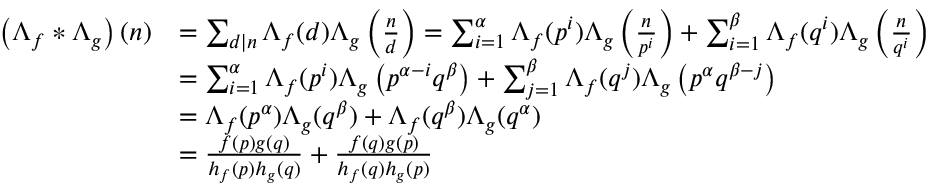
\begin{array} { r l } { \left( \Lambda _ { f } \ast \Lambda _ { g } \right) ( n ) } & { = \sum _ { d \mid n } \Lambda _ { f } ( d ) \Lambda _ { g } \left( \frac { n } { d } \right) = \sum _ { i = 1 } ^ { \alpha } \Lambda _ { f } ( p ^ { i } ) \Lambda _ { g } \left( \frac { n } { p ^ { i } } \right) + \sum _ { i = 1 } ^ { \beta } \Lambda _ { f } ( q ^ { i } ) \Lambda _ { g } \left( \frac { n } { q ^ { i } } \right) } \\ & { = \sum _ { i = 1 } ^ { \alpha } \Lambda _ { f } ( p ^ { i } ) \Lambda _ { g } \left( p ^ { \alpha - i } q ^ { \beta } \right) + \sum _ { j = 1 } ^ { \beta } \Lambda _ { f } ( q ^ { j } ) \Lambda _ { g } \left( p ^ { \alpha } q ^ { \beta - j } \right) } \\ & { = \Lambda _ { f } ( p ^ { \alpha } ) \Lambda _ { g } ( q ^ { \beta } ) + \Lambda _ { f } ( q ^ { \beta } ) \Lambda _ { g } ( q ^ { \alpha } ) } \\ & { = \frac { f ( p ) g ( q ) } { h _ { f } ( p ) h _ { g } ( q ) } + \frac { f ( q ) g ( p ) } { h _ { f } ( q ) h _ { g } ( p ) } } \end{array}